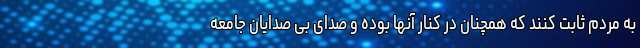
به مردم ثابت کنند که همچنان در کنار آنها بوده و صدای بی صدایان جامعه